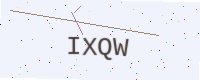
Text: IXQW